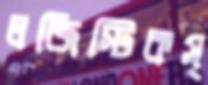
লজিস্টিকস্